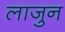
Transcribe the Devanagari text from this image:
लाजुन